Report on malaria in the Punjab during the year ...  together with an account of the work of the Punjab Malaria Bureau - Volume 5
Disease focus: Malaria
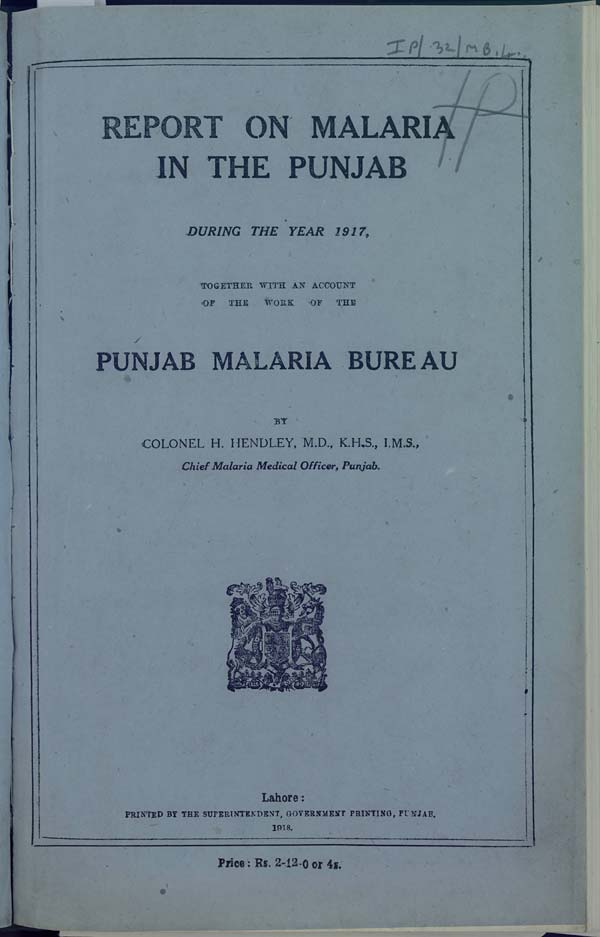
REPORT ON MALARIA
IN THE PUNJAB
DURING THE YEAR 1917,
TOGETHER WITH AN ACCOUNT
OF THE
WORK
OF
THE
PUNJAB MALARIA BUREAU
BY
COLONEL H. HENDLEY, M.D., K.H.S., I.M.S.,
Chief Malaria Medical Officer, Punjab.
Lahore:
PRINTED BY THE SUPERINTENDENT, GOVERNMENT PRINTING, PUNJAB.
1918.
Price: Rs. 2-12-0 or 4s.